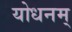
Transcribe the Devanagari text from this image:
योधनम्